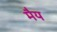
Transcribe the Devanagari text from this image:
मैय